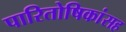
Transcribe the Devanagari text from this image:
पारितोषिकांसह